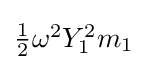
{\textstyle {\frac {1}{2}}\omega ^{2}Y_{1}^{2}m_{1}}